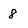
Character: 8